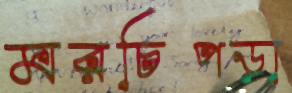
মরচিপড়া